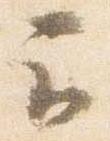
云